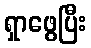
ရှာဖွေပြီး